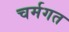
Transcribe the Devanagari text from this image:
चर्मगत